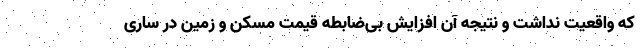
که واقعیت نداشت و نتیجه آن افزایش بی‌ضابطه قیمت مسکن و زمین در ساری